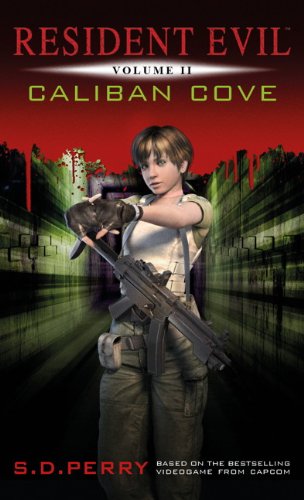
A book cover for Resident Evil: Caliban Cove; S.D. Perry; Science Fiction & Fantasy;